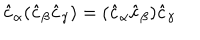
\hat { c } _ { \alpha } ( \hat { c } _ { \beta } \hat { c } _ { \gamma } ) = ( \hat { c } _ { \alpha } \hat { c } _ { \beta } ) \hat { c } _ { \gamma }